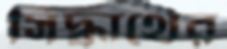
সিদ্ধার্থের